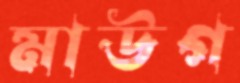
মাউগ